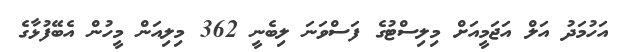
އަހުމަދު އަލް އަޖަމީއަށް މިލިސްޓުގެ ފަސްވަނަ ލިބެނީ 362 މިލިއަން މީހުން އެބޭފުޅާގެ